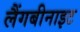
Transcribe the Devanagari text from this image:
लैंगबीनाइट